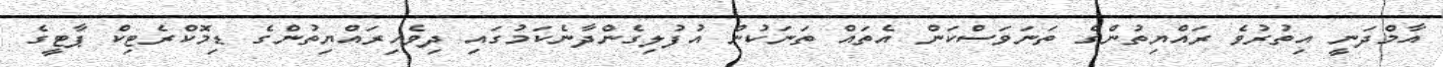
އާމްދަނީ އިތުރުވެ ރައްޔިތުންގެ ތަނަވަސްކަން އެތައް ތަނަކުން އުފުލިގެންދާނެކަމުގައި ދިވެހިރައްޔިތުންގެ ޑިމޮކްރެޓިކް ޕާޓީގެ